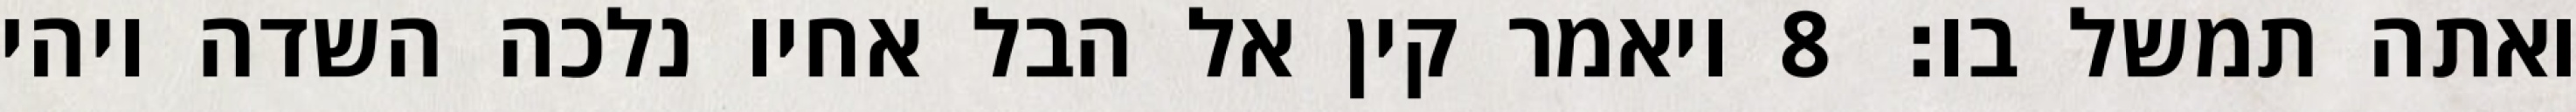
ואתה תמשל בו׃ ‎8‏ ויאמר קין אל הבל אחיו נלכה השדה ויהי